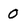
Character: 0